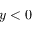
y < 0